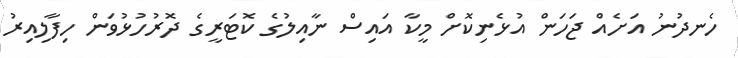
ހެނދުނު އަށެއް ޖަހަން އުޅެނިކޮށް މީކާ އައިސް ނާއިލުގެ ކޮޓަރީގެ ދޮރުހުޅުވަން ހިފާލިއިރު